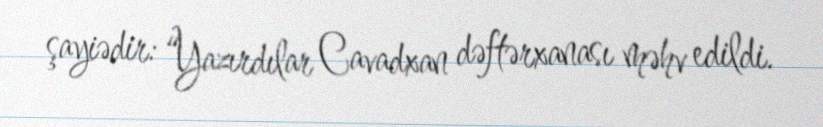
şayiədir: “Yazırdılar Cavadxan dəftərxanası məhv edildi.